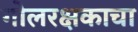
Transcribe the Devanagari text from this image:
गोलरक्षकाचा